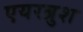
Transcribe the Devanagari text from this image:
एयरब्रुश